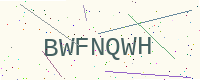
Text: BWFNQWH